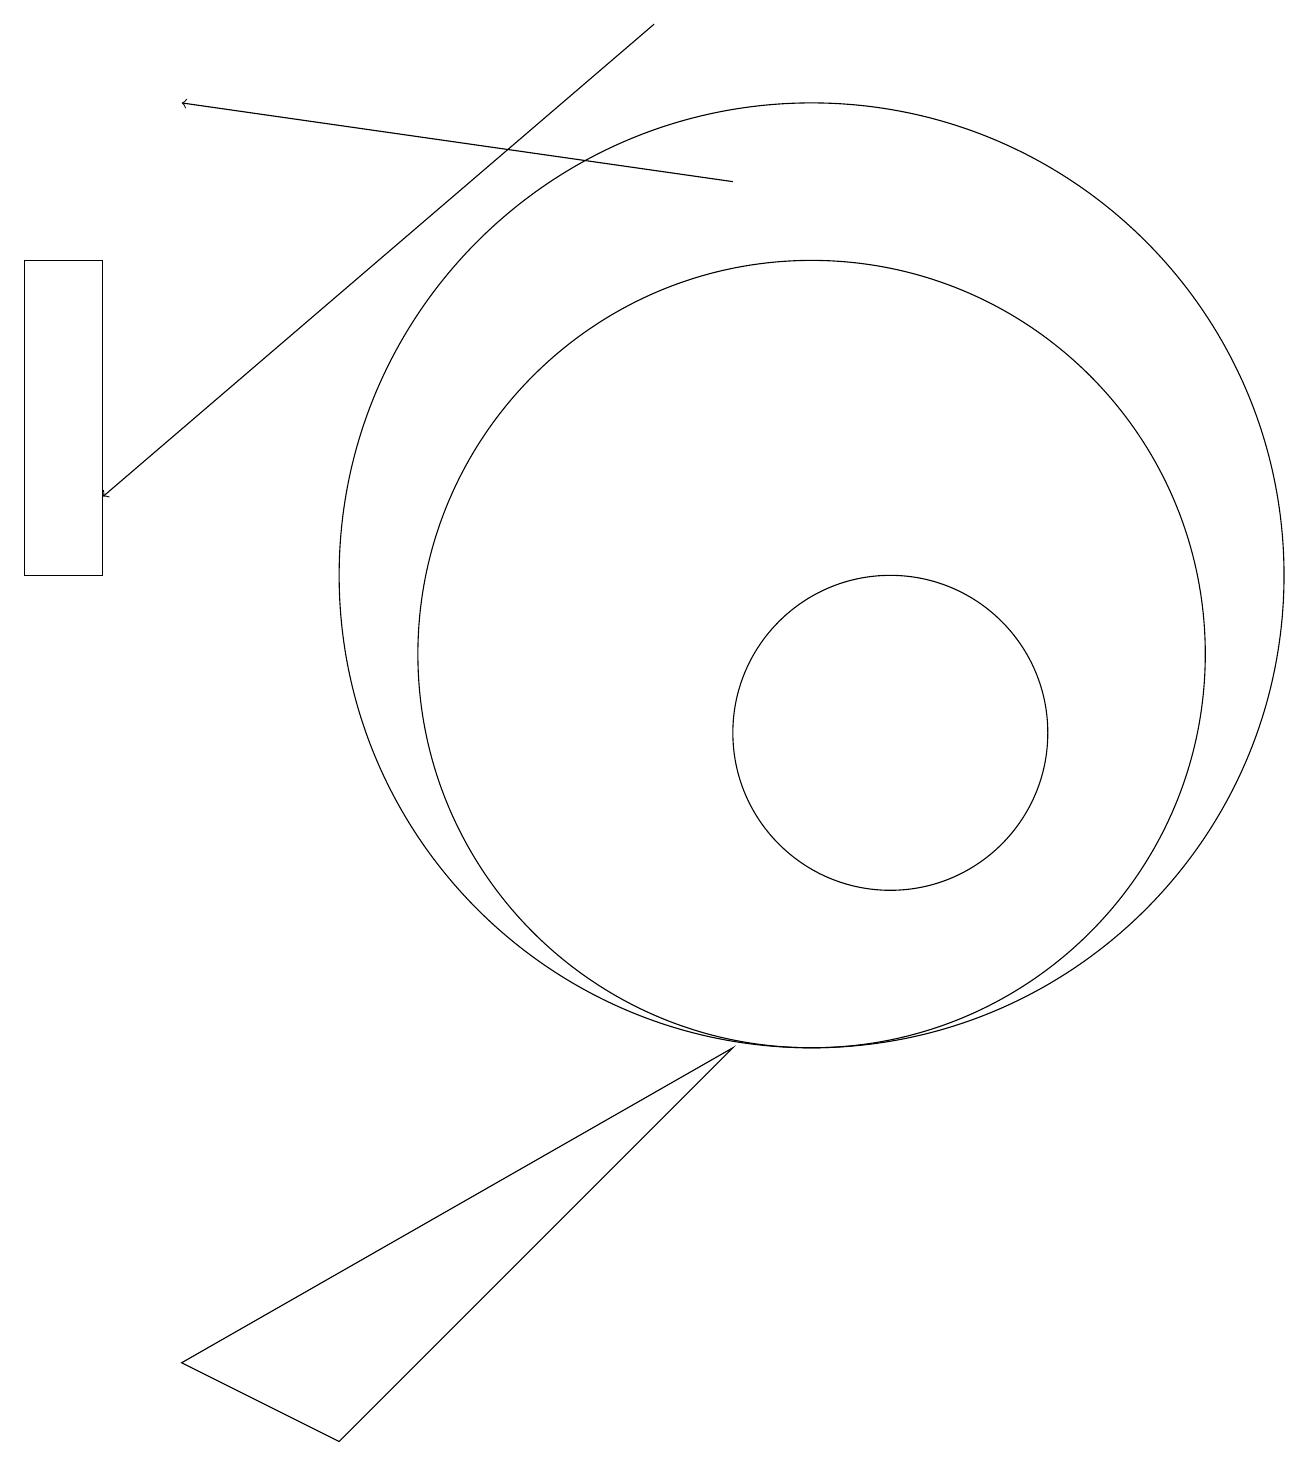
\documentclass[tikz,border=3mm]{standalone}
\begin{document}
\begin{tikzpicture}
\draw (11,12) circle (0);
\draw[->] (8,19) -- (1,13);
\draw (10,11) circle (5);
\draw (0,16) rectangle (1,12);
\draw[->] (9,17) -- (2,18);
\draw (10,12) circle (6);
\draw (11,10) circle (2);
\draw (4,1) -- (2,2) -- (9,6) -- cycle;
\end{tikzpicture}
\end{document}